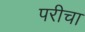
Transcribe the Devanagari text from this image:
परीचा